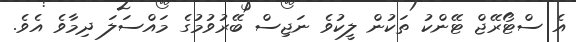
އެ ސްޓޯރޭޖް ޓޭންކު ތަކުން ލީކުވެ ނަޖިސް ބޭރުވުމުގެ މައްސަލަ ދިމާވެ އެވެ.